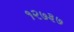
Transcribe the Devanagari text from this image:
१२७३७